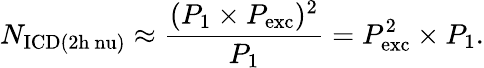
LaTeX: N_{\mathrm{ICD(2h\ nu)}}\approx\frac{(P_{\mathrm{1}}\times P_{\mathrm{exc}})^{2}}{P_{\mathrm{1}}}=P_{\mathrm{exc}}^{2}\times P_{\mathrm{1}}.